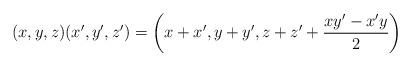
LaTeX: \begin{align*} (x,y,z) (x',y',z') = \left(x+x',y+y',z+z' + \frac{xy' - x'y}{2} \right)\end{align*}